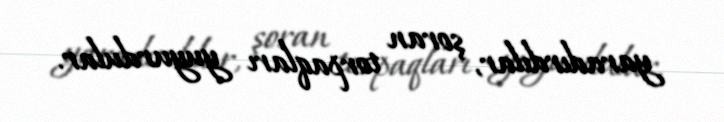
yaradırdılar, şoran torpaqları yuyurdular.